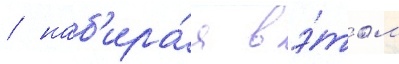
/ наб'ира́я в э́том